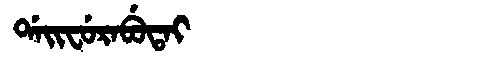
Manchu: ᡩᠠᡳᠸᡠᡵᠠᠪᡠᡨᠠᡳ
Romanization: DAIFURABUTAI